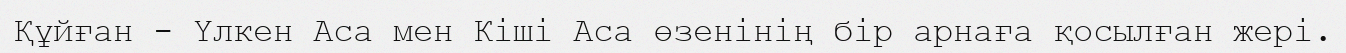
Құйған - Үлкен Аса мен Кіші Аса өзенінің бір арнаға қосылған жері.